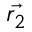
\vec { { r } _ { 2 } }